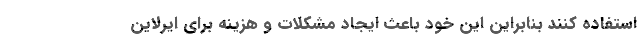
استفاده کنند بنابراین این خود باعث ایجاد مشکلات و هزینه برای ایرلاین